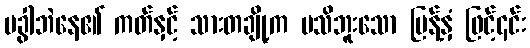
မခွါဘဲနေ၏ ကတ်နှင့် သားတချို့က မသိဘူးသော ပြန့်နှံ ဖြင့်၄င်း